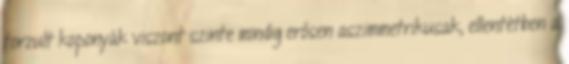
torzult koponyák viszont szinte mindig erősen aszimmetrikusak, ellentétben a